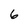
Character: 6